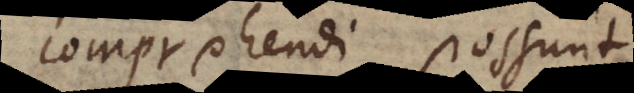
comprehendi possunt.